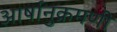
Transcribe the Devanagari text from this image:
आर्षानुक्रमणी